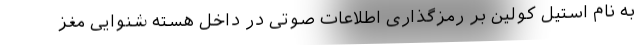
به نام استیل کولین بر رمزگذاری اطلاعات صوتی در داخل هسته شنوایی مغز